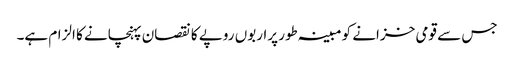
جس سے قومی خزانے کو مبینہ طور پراربوں روپے کا نقصان پہنچانے کا الزام ہے۔